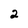
Character: 2